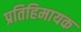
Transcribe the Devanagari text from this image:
प्रतिहिमायक